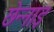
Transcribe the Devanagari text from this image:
छेन्नाइ